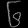
Digit: ၆